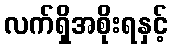
လက်ရှိအစိုးရနှင့်